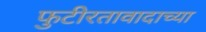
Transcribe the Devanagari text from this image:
फुटीरतावादाच्या